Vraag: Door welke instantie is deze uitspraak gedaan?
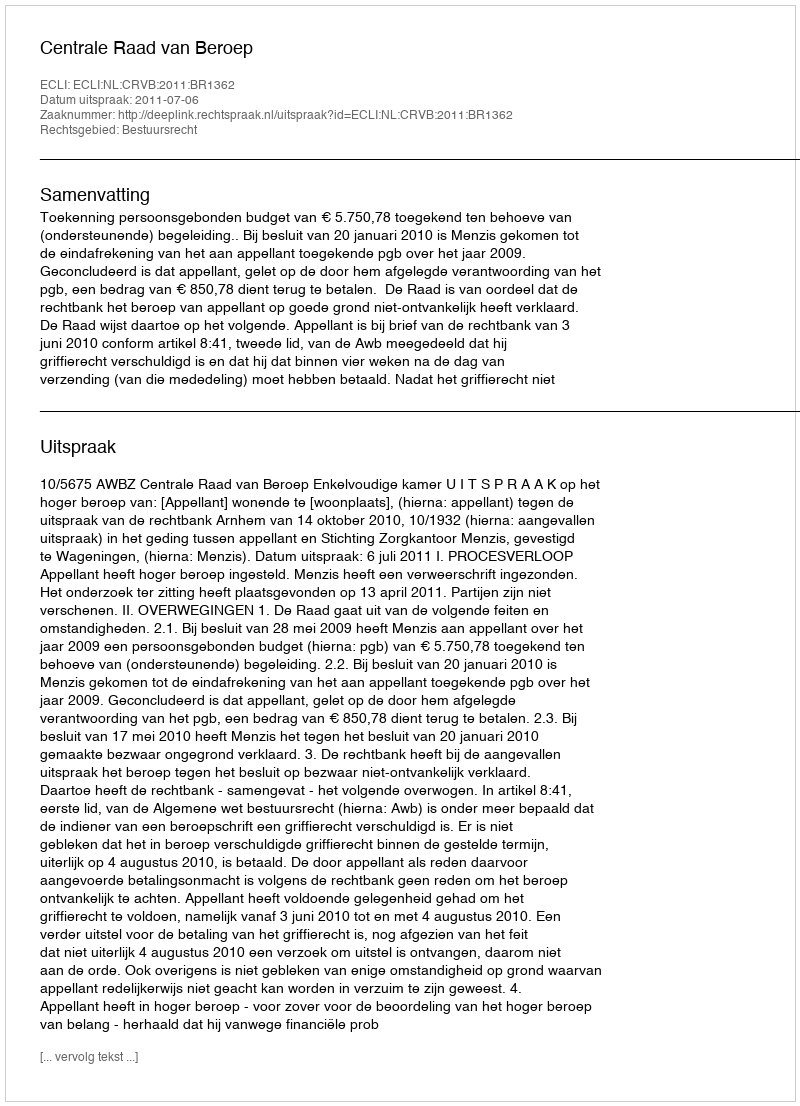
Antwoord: Centrale Raad van Beroep